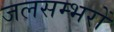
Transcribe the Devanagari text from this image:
जलसम्भरों